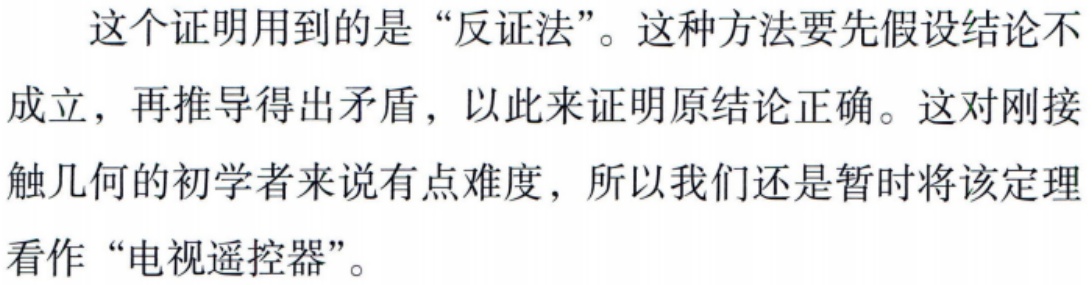
这个证明用到的是“反证法”。这种方法要先假设结论不成立，再推导得出矛盾，以此来证明原结论正确。这对刚接触几何的初学者来说有点难度，所以我们还是暂时将该定理看作“电视遥控器”。